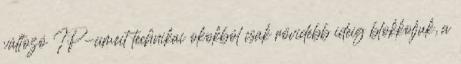
változó IP-címeit technikai okokból csak rövidebb ideig blokkoljuk, a